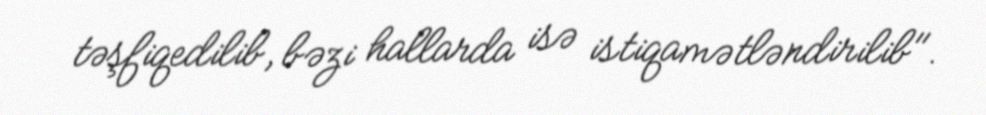
təşfiqedilib, bəzi hallarda isə istiqamətləndirilib".